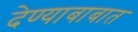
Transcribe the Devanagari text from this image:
देण्याबाबात